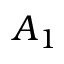
A _ { 1 }